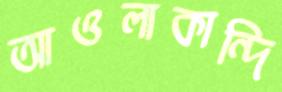
আওলাকান্দি